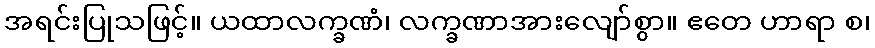
အရင်းပြုသဖြင့်။ ယထာလက္ခဏံ၊ လက္ခဏာအားလျော်စွာ။ ဧတေ ဟာရာ စ၊